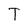
Character: T